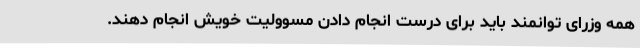
همه وزرای توانمند باید برای درست انجام دادن مسوولیت خویش انجام دهند.